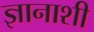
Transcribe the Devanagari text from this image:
ज्ञानाशी